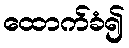
ထောက်ခံ၍